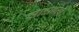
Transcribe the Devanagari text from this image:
झाडावरचे